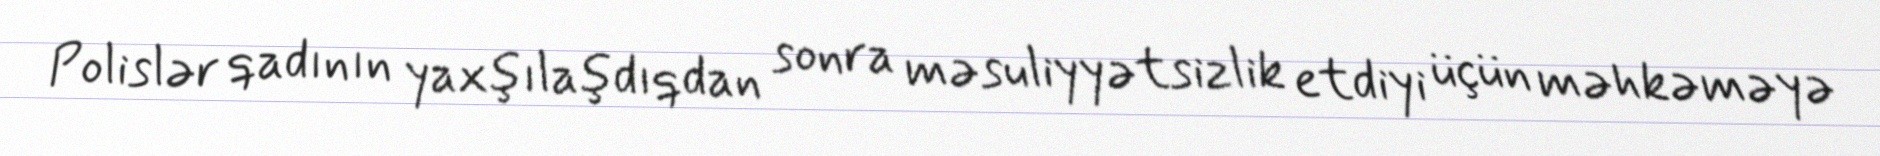
Polislər qadının yaxşılaşdıqdan sonra məsuliyyətsizlik etdiyi üçün məhkəməyə